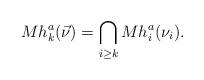
LaTeX: \begin{align*}Mh_{k}^{a}(\vec{\nu})=\bigcap_{i\geq k}Mh_{i}^{a}(\nu_{i}).\end{align*}